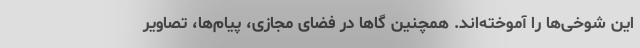
این شوخی‌ها را آموخته‌اند. همچنین گاها در فضای مجازی، پیام‌ها، تصاویر